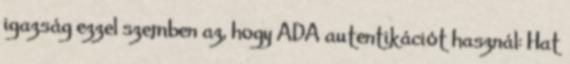
igazság ezzel szemben az, hogy ADA autentikációt használ: Hat